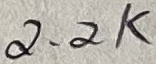
Text: 2.2K